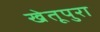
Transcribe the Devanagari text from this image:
खेतूपुरा